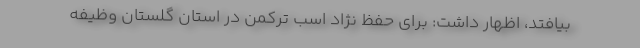
بیافتد، اظهار داشت: برای حفظ نژاد اسب ترکمن در استان گلستان وظیفه